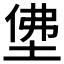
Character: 𡌅